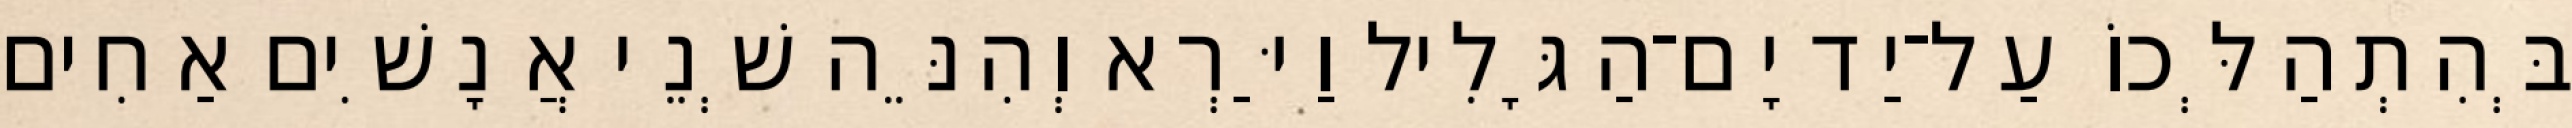
בְּהִתְהַלְּכוֹ עַל־יַד יָם־הַגָּלִיל וַיַּרְא וְהִנֵּה שְׁנֵי אֲנָשִׁים אַחִים